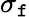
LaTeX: \sigma_{\mathtt{f}}